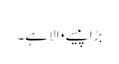
بڑا پیسے والا ہے۔